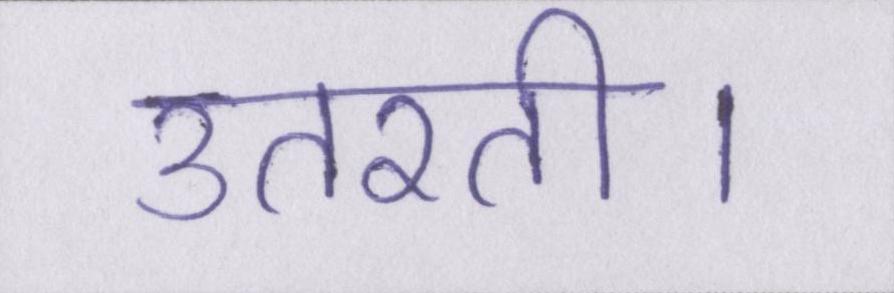
उतरती।